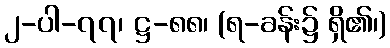
၂-ပါ-၇၇၊ ဋ္ဌ-၈၈၊ (ရ-ခန်း၌ ရှိ၏၊)